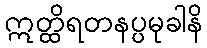
ဣတ္ထိရတနပ္ပမုခါနိ